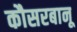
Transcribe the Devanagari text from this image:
कौसरबानू